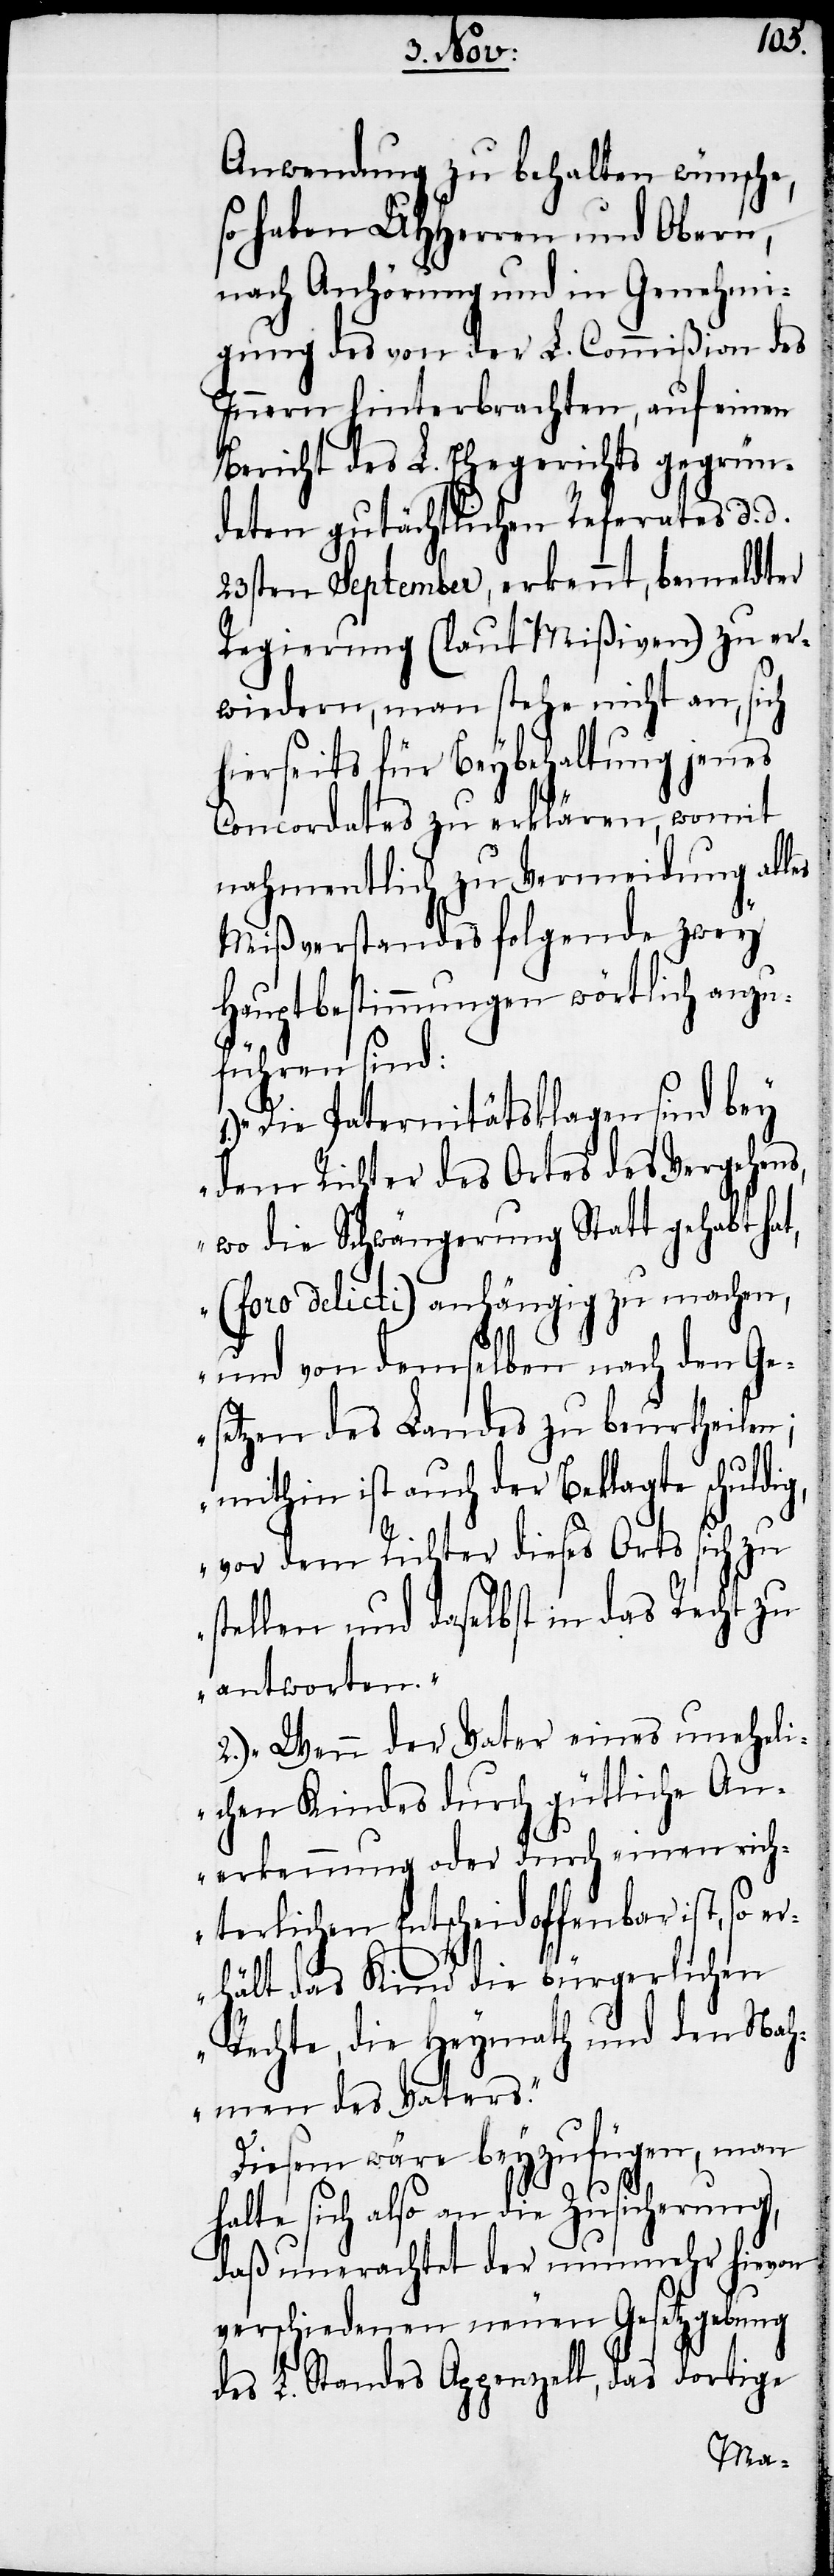
ig,
Anwendung zu behalten wünsche,
so haben UHHerren und Obern,
nach Anhörung und in Genehmi¬
gung des von der L. Commißion des
Innern hinterbrachten, auf einen
Bericht des L. Ehegerichts gegrün¬
deten gutächtlichen Referates d.
23sten September, erkennt, bemeldter
Regierung (laut Mißiven) zu er¬
wiedern, man stehe nicht an, sich
hierseits für Beybehaltung jenes
Concordates zu erklären, womit
nahmentlich zu Vermeidung alles
Mißverstandes folgende zwey
Hauptbestimmungen wörtlich anzu¬
führen sind:
„Die Paternitätsklagen sind bey
dem Richter des Ortes des Vergehens,
wo die Schwängerung Statt gehabt ha¬
t, (foro delicti) anhängig zu machen,
und von demselben nach den G¬
esetzen des Landes zu beurtheilen;
mithin ist auch der Beklagte schuld¬
vor dem Richter dieses Orts sich zu
stellen und daselbst in das Recht zu
antworten.“
2.) „Wenn der Vater eines unehel¬
ichen Kindes durch gütliche An¬
erkennung oder durch einen rich¬
terlichen Entscheid offenbar ist, so e¬
rhält das Kind die bürgerlichen
Rechte, die Heymath und den Nah¬
men des Vaters.“
Diesem wäre beyzufügen, man
halte sich also an die Zusicherung,
daß unerachtet der nunmehr hievon
verschiedenen neuen Gesetzgebung
des L. Standes Appenzell, das dortige